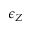
\epsilon _ { Z }